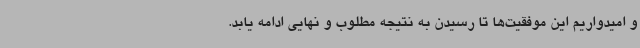
و امیدواریم این موفقیت‌ها تا رسیدن به نتیجه مطلوب و نهایی ادامه یابد.